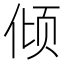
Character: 倾